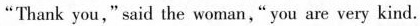
"Thank you,"said the woman,"you are very kind.